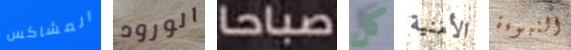
المشاكس الورود صباحا كل الأمنية النبوءة